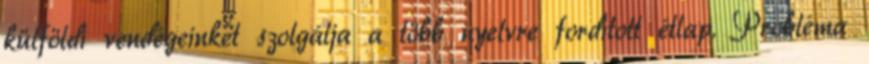
külföldi vendégeinket szolgálja a több nyelvre fordított étlap. Probléma